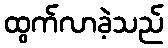
ထွက်လာခဲ့သည်